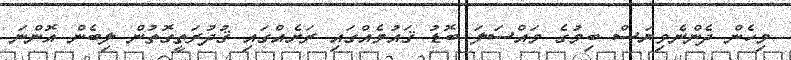
މިހެން ދެންނެވިޔަސް ބިމުގެ މައްސަލަ ބޮޑު ޤައުމެއްގައި ރަށެއްގައި ޤުދުރަތީގޮތުން ލިބެން އޮންނަ